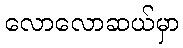
လောလောဆယ်မှာ